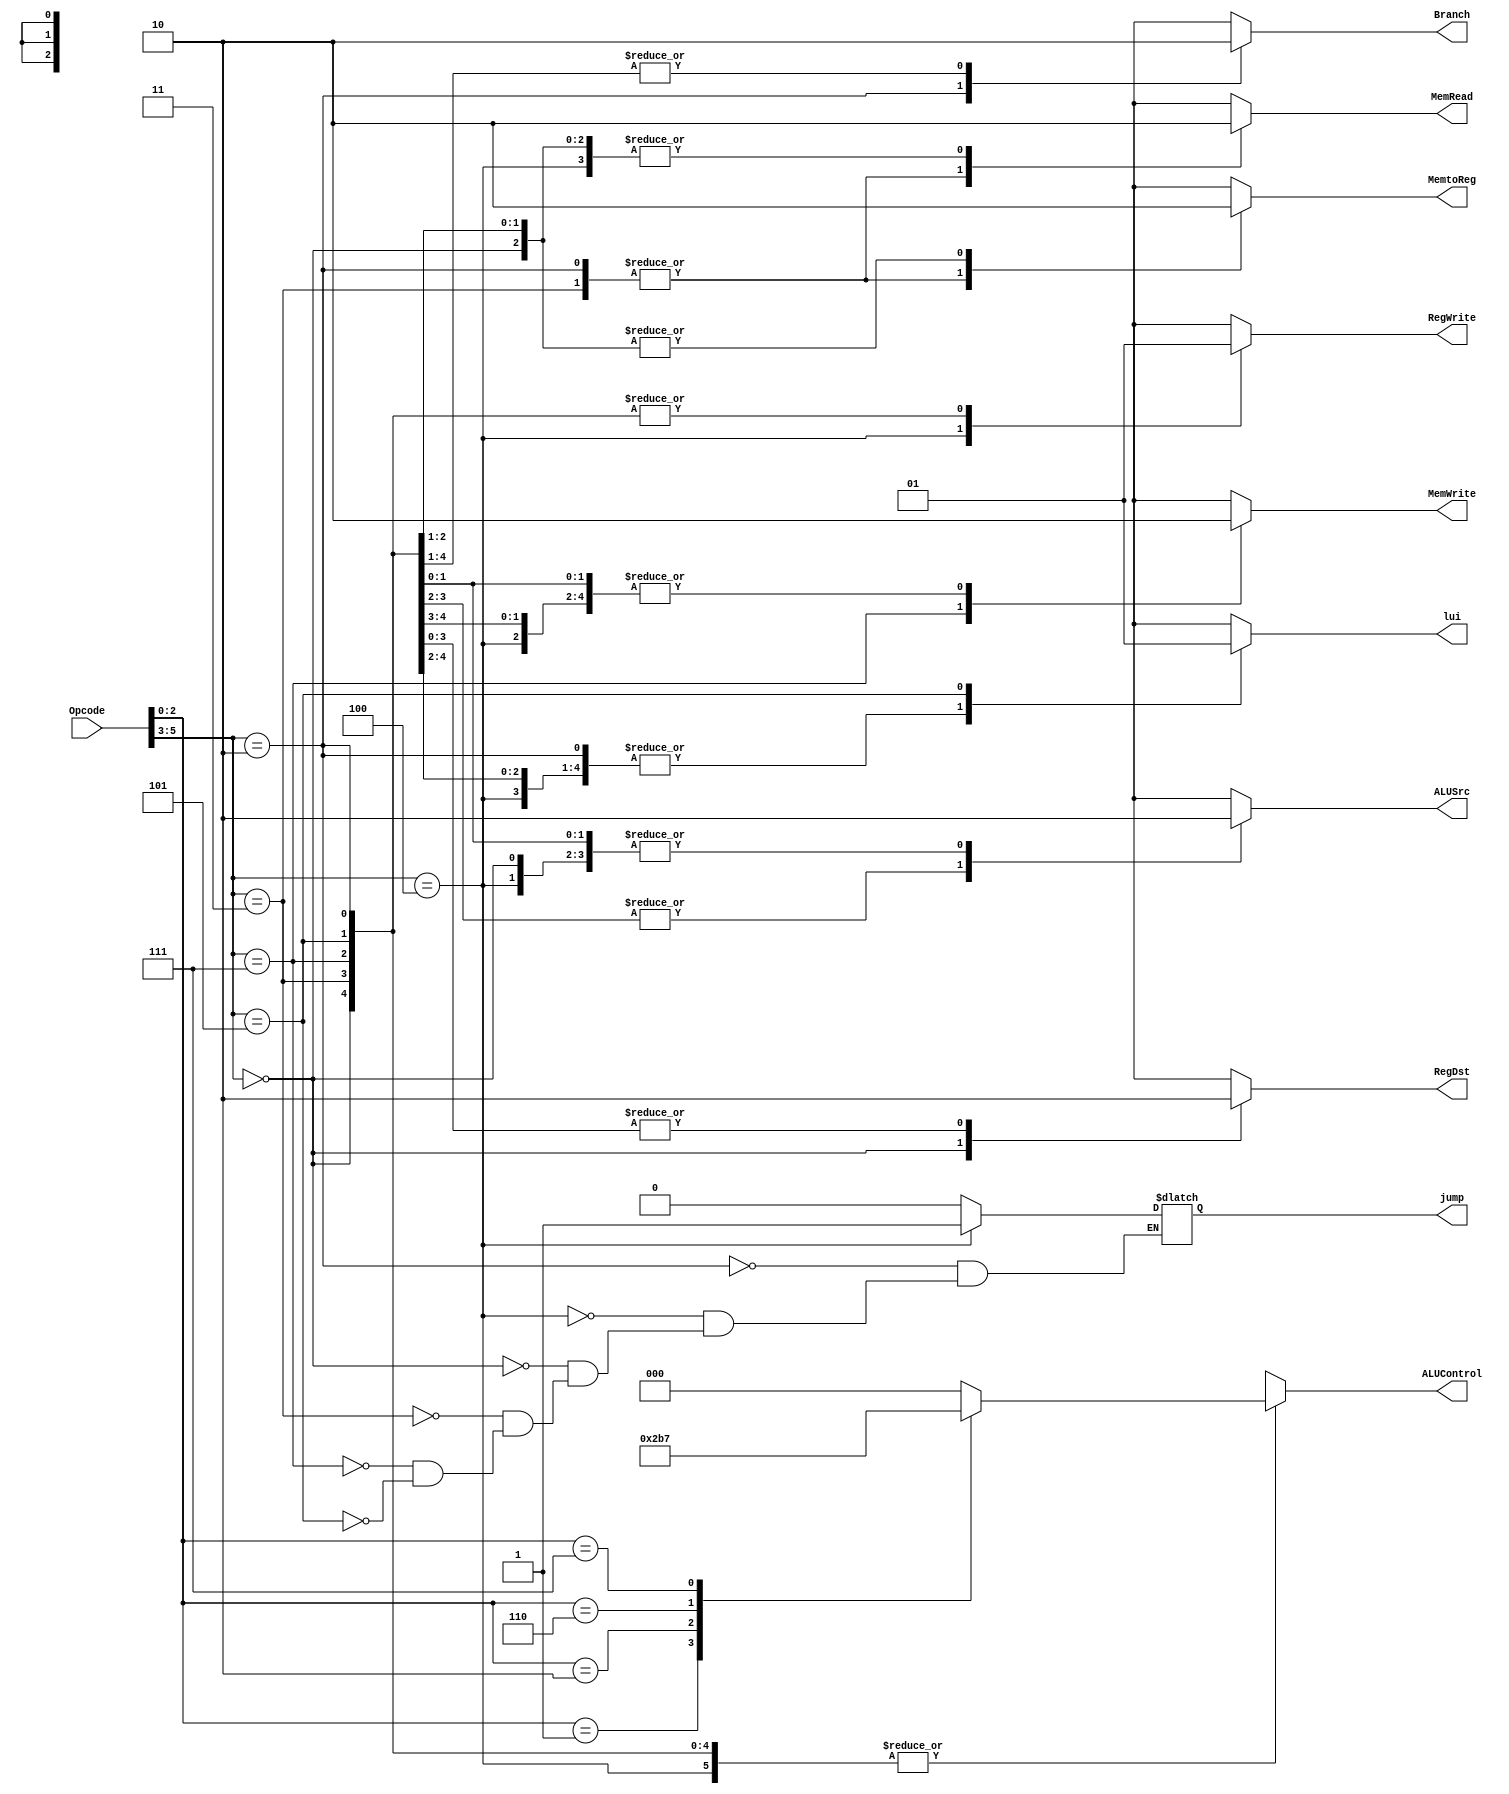
`timescale 1ns / 1ps

module Control (
  input [5:0] Opcode,
  
  output RegDst, RegWrite, ALUSrc,
  output MemtoReg, MemRead, MemWrite,
  output Branch, jump, lui,
  output [2:0] ALUControl
);

  reg RegDstR, RegWriteR, ALUSrcR;
  reg MemtoRegR, MemReadR, MemWriteR;
  reg BranchR, jumpR, luiR;
  reg [2:0] ALUControlR;


  function [2:0] fetchALUControl;
    input [2:0] Opcode;
    begin
      case(Opcode)
        3'b000: fetchALUControl = 3'b000; // Example mapping for opcode 000
        3'b001: fetchALUControl = 3'b001; // Example mapping for opcode 001
        3'b010: fetchALUControl = 3'b010; // Example mapping for opcode 010
        3'b110: fetchALUControl = 3'b110; // Example mapping for opcode 110
        3'b111: fetchALUControl = 3'b111; // Example mapping for opcode 111
        default: fetchALUControl = 3'b000; // Default value
      endcase
    end
  endfunction

  // Assign outputs based on Opcode
always @(*) begin
    case(Opcode[5:3])
        3'b010: begin //i type //beq //2
            RegDstR     <= 0;
            ALUSrcR     <= 0;
            MemtoRegR   <= 1;
            RegWriteR   <= 1;
            MemReadR    <= 1;
            MemWriteR   <= 0;
            BranchR     <= 1;
            jumpR       <= 0;
            ALUControlR <= fetchALUControl(Opcode[2:0]);
				luiR        <= 0;
        end
        3'b100: begin //jump //4
            RegDstR     <= 1'bx;
            ALUSrcR     <= 0;
            MemtoRegR   <= 1'bx;
            RegWriteR   <= 0;
            MemReadR    <= 0;
            MemWriteR   <= 0;
            BranchR     <= 1'bx;
            jumpR       <= 1;
            ALUControlR <= fetchALUControl(Opcode[2:0]);
				luiR        <= 0;
        end
        3'b000: begin //R type //0
            RegDstR     <= 1;
            ALUSrcR     <= 0;
            MemtoRegR   <= 0;
            RegWriteR   <= 1;
            MemReadR    <= 0;
            MemWriteR   <= 0;
            BranchR     <= 0;
            jumpR       <= 0;
            ALUControlR <= fetchALUControl(Opcode[2:0]);
				luiR        <= 0;
        end
        3'b011: begin //i type load word //3
            RegDstR     <= 0;
            ALUSrcR     <= 1;
            MemtoRegR   <= 1;
            RegWriteR   <= 1;
            MemReadR    <= 1;
            MemWriteR   <= 0;
            BranchR     <= 0;
            jumpR       <= 0;
            ALUControlR <= fetchALUControl(Opcode[2:0]);
				luiR        <= 0;
        end
        3'b111: begin //i type store word //7
            RegDstR     <= 0;
            ALUSrcR     <= 1;
            MemtoRegR   <= 0;
            RegWriteR   <= 1;
            MemReadR    <= 0;
            MemWriteR   <= 1;
            BranchR     <= 0;
            jumpR       <= 0;
            ALUControlR <= fetchALUControl(Opcode[2:0]);
				luiR        <= 0;
        end
        3'b101: begin //i type inst //5
            RegDstR     <= 0;
            ALUSrcR     <= 1'b0;
            MemtoRegR   <= 0;
            RegWriteR   <= 1;
            MemReadR    <= 0;
            MemWriteR   <= 0;
            BranchR     <= 0;
            jumpR       <= 0;
            ALUControlR <= fetchALUControl(Opcode[2:0]);
				luiR        <= 1;
        end
        default: begin // Default case for unknown Opcodes
            RegDstR     <= 1'bx;
            ALUSrcR     <= 1'bx;
            MemtoRegR   <= 1'bx;
            RegWriteR   <= 1'bx;
            MemReadR    <= 1'bx;
            MemWriteR   <= 1'bx;
            BranchR     <= 1'bx;
            ALUControlR <= 3'bxxx;
				luiR        <= 1'bx;
        end
    endcase
end

assign RegDst=RegDstR;
assign RegWrite=RegWriteR;
assign ALUSrc=ALUSrcR;
assign MemtoReg=MemtoRegR;
assign MemRead=MemReadR;
assign MemWrite=MemWriteR;
assign Branch=BranchR;
assign jump=jumpR;
assign lui=luiR;
assign ALUControl=ALUControlR;

endmodule